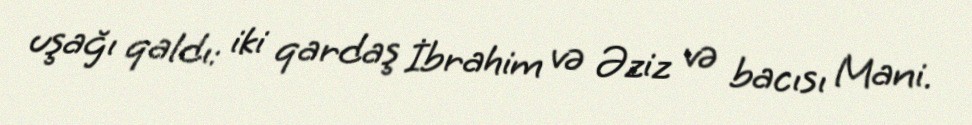
uşağı qaldı: iki qardaş İbrahim və Əziz və bacısı Mani.